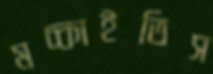
মচ্‌কাইতিস